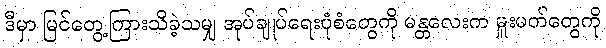
ဒီမှာ မြင်တွေ့ကြားသိခဲ့သမျှ အုပ်ချုပ်ရေးပုံစံတွေကို မန္တလေးက မှူးမတ်တွေကို